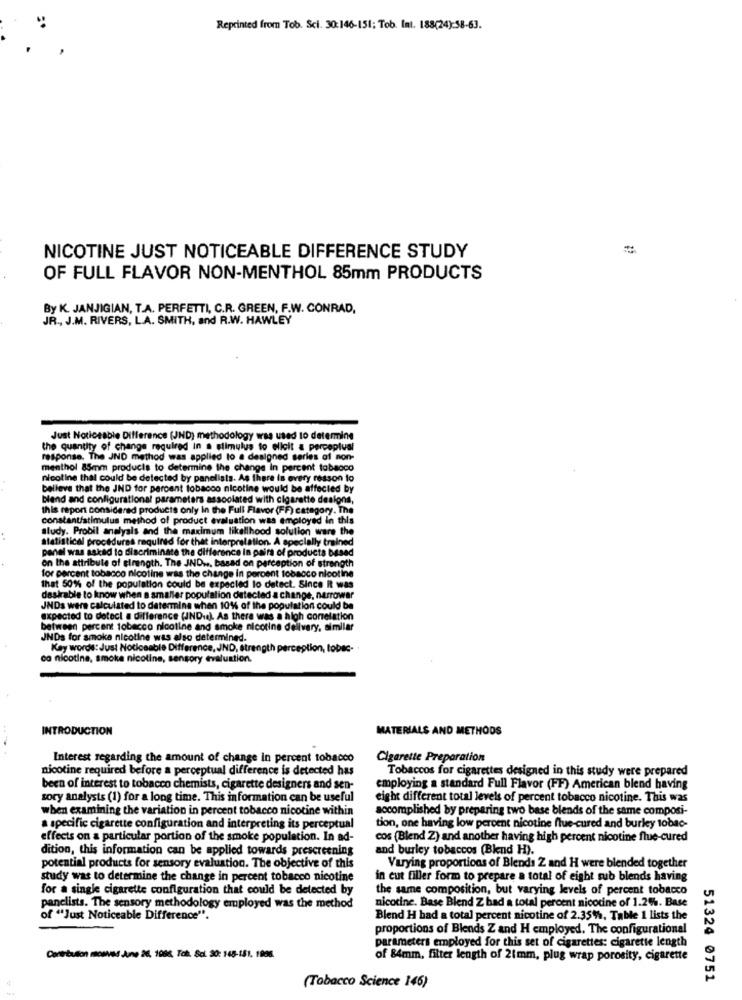
Reprinted from Tob. Sci. 30:146-151; Tob. Int. 188(24):58-63.
NICOTINE JUST NOTICEABLE DIFFERENCE STUDY
OF FULL FLAVOR NON-MENTHOL 85mm PRODUCTS
By K. JANJIGIAN, T.A. PERFETTI, C.R. GREEN, F.W. CONRAD,
JR ., J.M. RIVERS, L.A. SMITH, and R.W. HAWLEY
Just Noticeable Difference (JND) methodology was used to determine
the quantity of change required in a stimulus to elicit a perceplust
response. The JND method was applied to a designed series of non-
menthol 85mm products to determine the change In percent tabacco
nicoline that could be detected by panelists. As there is every reason to
believe that the JND for percent tobacco nicotine would be affected by
blend and configurational parameters assoolated with cigarette dealona,
this report considered products only In the Full Flavor (FF) category. The
constant/stimulus method of product evaluation was employed in this
study. Probil analysis and the maximum likelihood solution ware the
statistical procedures required for that interpretation. A specially trained
panel was asked to discriminate the difference in pairs of products based
on the attribute of elrength. The JND ... basad on perception of strength
for percent tobacco nicoline was the change in percent tobacco nicotine
that 50% of the population could be expected lo detect. Since it was
desirable to know when a smaller population detected a change, narrower
JNDs were calculated to determine when 10% of the population could be
expected to detect a difference (INDie). As there was a high correlation
between percent tobacco nicotine and smoke nicotine delivery, similar
JNDs for smoke nicotine was also determined.
Kay words: Just Noticeable Difference, JND, strength perception, tobac-
a nicotine, smoke nicotine, sensory evaluation.
INTRODUCTION
MATERIALS AND METHODS
Interest regarding the amount of change in percent tobacco
Cigarette Preparation
nicotine required before a perceptual difference is detected has
Tobaccos for cigarettes designed in this study were prepared
been of interest to tobacco chemists, cigarette designers and sen-
employing a standard Full Flavor (FF) American blend having
sory analysts (1) for a long time. This information can be useful
eight different total levels of percent tobacco nicotine. This was
when examining the variation in percent tobacco nicotine within
accomplished by preparing two base blends of the same composi-
a specific cigarette configuration and interpreting its perceptual
tion, one having low percent nicotine flue-cured and burley tobac-
effects on a particular portion of the smoke population. In ad-
cos (Blend Z) and another having high percent nicotine flue-cured
dition, this information can be applied towards prescreening
and burley tobaccos (Blend H).
potential products for sensory evaluation. The objective of this
Varying proportions of Blends 2 and H were blended together
study was to determine the change in percent tobacco nicotine
in cut filler form to prepare a total of eight sub blends having
for a single cigarette configuration that could be detected by
the same composition, but varying levels of percent tobacco
panelists. The sensory methodology employed was the method
nicotine. Base Blend Z had a total percent nicotine of 1.2%. Base
of "Just Noticeable Difference".
Blend H had a total percent nicotine of 2.35%%, Table 1 lists the
proportions of Blends Z and H employed. The configurational
parameters employed for this set of cigarettes: cigarette length
Contribution mowved June 26, 1906, Toh. Scl. 20: 168-151. 1006.
of 84mm, filter length of 21mm, plug wrap porosity, cigarette
51324 0751
(Tobacco Science 146)